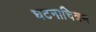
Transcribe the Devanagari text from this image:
घटनाचित्रण